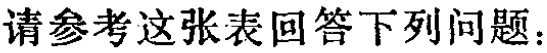
请参考这张表回答下列问题：